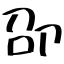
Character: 卲